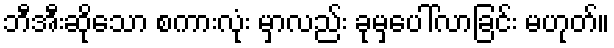
ဘီအီးဆိုသော စကားလုံး မှာလည်း ခုမှပေါ်လာခြင်း မဟုတ်။